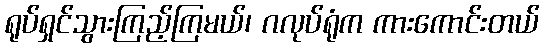
ရုပ်ရှင်သွားကြည့်ကြမယ်၊ ဂလုပ်ရုံက ကားကောင်းတယ်